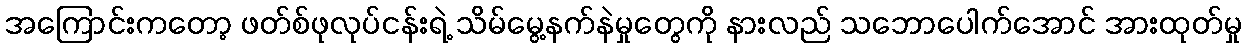
အကြောင်းကတော့ ဖတ်စ်ဖုလုပ်ငန်းရဲ့ သိမ်မွေ့နက်နဲမှုတွေကို နားလည် သဘောပေါက်အောင် အားထုတ်မှု